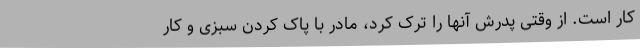
کار است. از وقتی پدرش آنها را ترک کرد، مادر با پاک کردن سبزی و کار